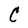
Character: C